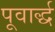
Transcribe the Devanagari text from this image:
पूवार्द्ध